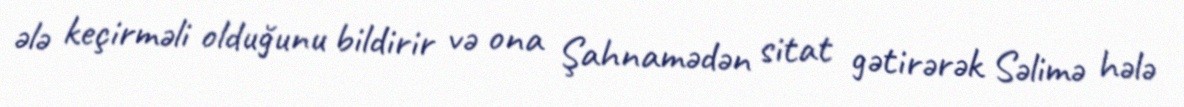
ələ keçirməli olduğunu bildirir və ona Şahnamədən sitat gətirərək Səlimə hələ